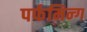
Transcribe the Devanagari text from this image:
पर्फमिन्ग